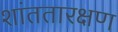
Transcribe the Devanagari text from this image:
शांततारक्षण